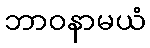
ဘာဝနာမယံ